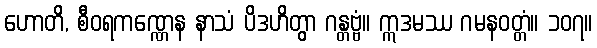
ဟောတိ, စီဝရကဏ္ဏေန နာသံ ပိဒဟိတွာ ဂန္တဗ္ဗံ။ ဣဒမဿ ဂမနဝတ္တံ။ ၁၀၇။